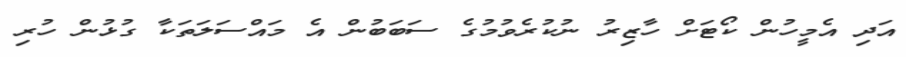
އަދި އެމީހުން ކޯޓަށް ހާޒިރު ނުކުރެވުމުގެ ސަބަބުން އެ މައްސަލަތަކާ ގުޅުން ހުރި